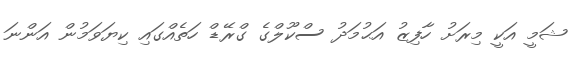
ޝަމީ އަކީ މިރަށު ހާފިޒު އަޙުމަދު ސްކޫލްގެ ގްރޭޑް ހަތެއްގައި ކިޔަވަމުން އަންނަ